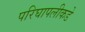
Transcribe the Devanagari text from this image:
परिघापलीकडे